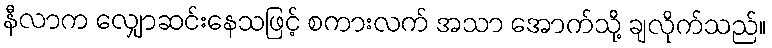
နီလာက လျှောဆင်းနေသဖြင့် စကားလက် အသာ အောက်သို့ ချလိုက်သည်။